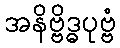
အနိဗ္ဗိဒ္ဓပုဗ္ဗံ